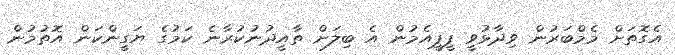
އެގޮތަށް މެމްބަރުން ވިދާޅުވީ ޕީޕީއެމުން އެ ބިލަށް ތާއީދުނުކުރާނެ ކަމުގެ ޔަގީންކަން އޮތުމުން